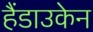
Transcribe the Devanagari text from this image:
हैंडाउकेन